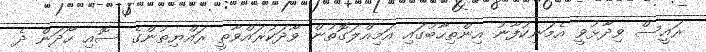
ރައީސް ވިދާޅުވީ އެމަނިކުފާނު އިންތިހާބުގައި އަމިއްލަގޮތުން ވާދަކުރައްވާތީ ރައްޔިތުންގެ ސޮއި ހޯދަން ދެ